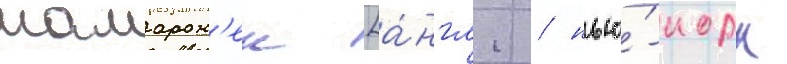
мамарон'ек [а́нгл. / нью́-иорк